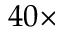
4 0 \times